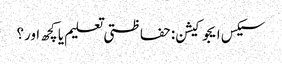
سیکس ایجوکیشن: حفاظتی تعلیم یا کچھ اور؟